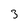
Character: 3